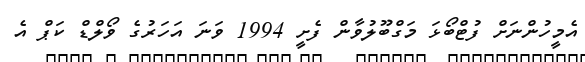
އެމީހުންނަށް ފުޓްބޯޅަ މަގްބޫލުވާން ފެށީ 1994 ވަނަ އަހަރުގެ ވޯލްޑް ކަޕް އެ